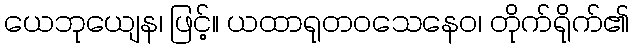
ယေဘုယျေန၊ ဖြင့်။ ယထာရုတဝသေနေဝ၊ တိုက်ရိုက်၏